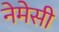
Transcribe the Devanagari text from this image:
नेमेसी